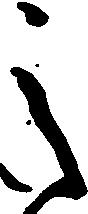
之